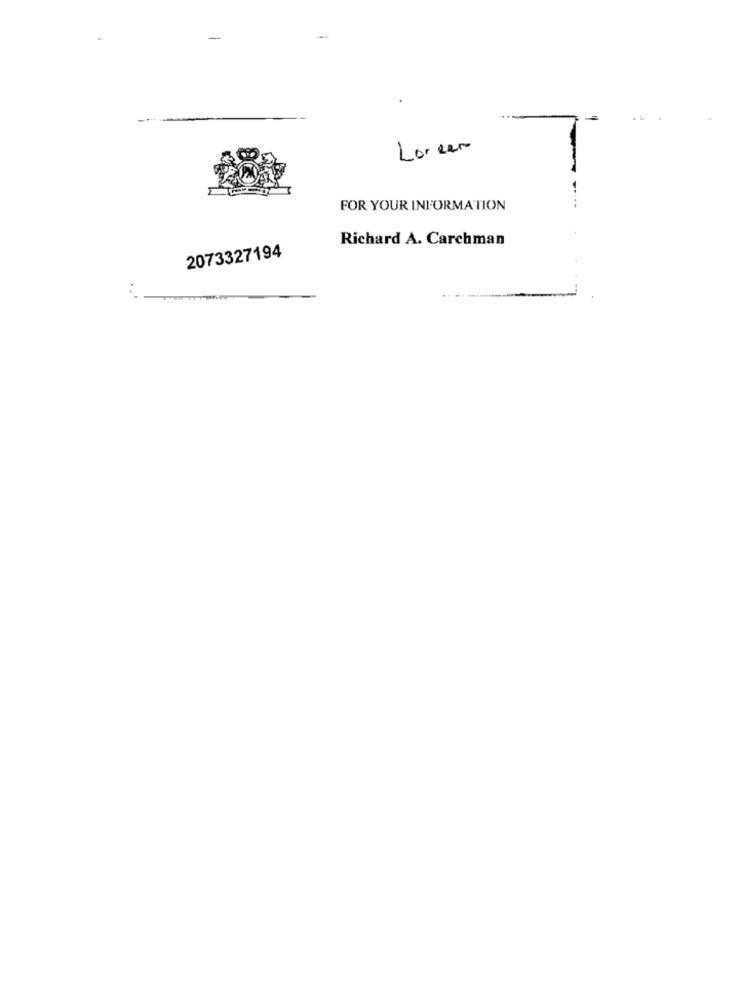
Loreen
FOR YOUR INFORMATION
Richard A. Carchman
2073327194